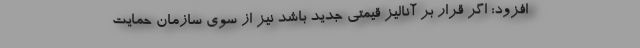
افزود: اگر قرار بر آنالیز قیمتی جدید باشد نیز از سوی سازمان حمایت